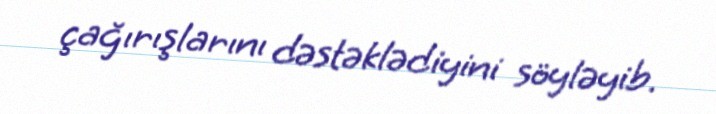
çağırışlarını dəstəklədiyini söyləyib.